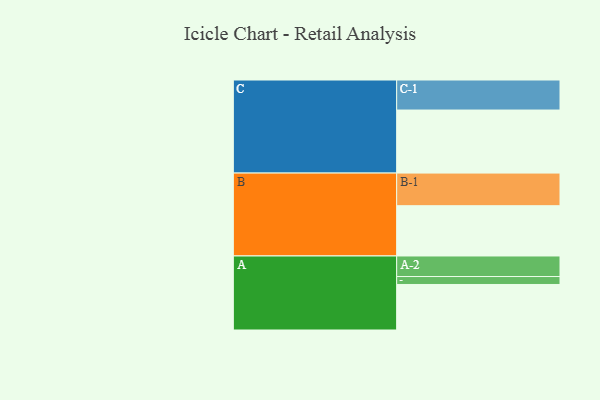
{"axis": {"x": "Segment", "y": "Value"}, "legend": ["", "A", "B", "C"], "data": [{"x": "A", "y": 385, "type": ""}, {"x": "B", "y": 425, "type": ""}, {"x": "C", "y": 533, "type": ""}, {"x": "A-1", "y": 67, "type": "A"}, {"x": "A-2", "y": 174, "type": "A"}, {"x": "B-1", "y": 276, "type": "B"}, {"x": "C-1", "y": 254, "type": "C"}]}